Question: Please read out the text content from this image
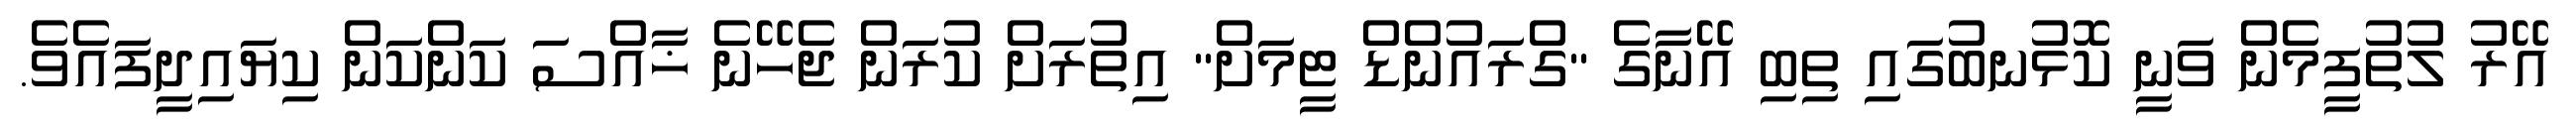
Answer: އޭރު ލުތުފީމެން ވަނީ ކޮޅުނބުގައި ތިބި އޭނާގެ "ގްރައުންޑް ޓީމަށް" އިތުރަށް ކުރަން ޖެހޭނެ ޚާއްސަ ކަންކަން ކިޔައިދީފައެވެ.